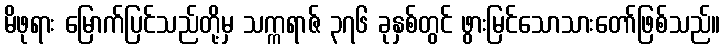
မိဖုရား မြောက်ပြင်သည်တို့မှ သက္ကရာဇ် ၃၇၆ ခုနှစ်တွင် ဖွားမြင်သောသားတော်ဖြစ်သည်။